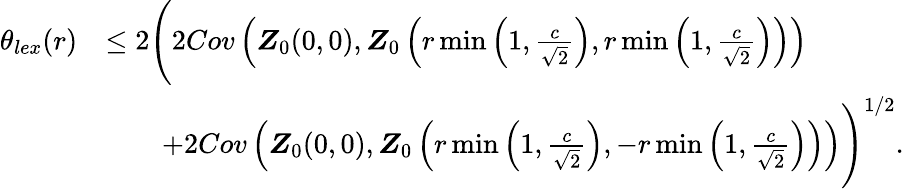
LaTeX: \begin{array}{rl}{\theta_{lex}(r)}&{\leq 2\Bigg(2Cov\left(\boldsymbol{Z}_{0}(0,0),\boldsymbol{Z}_{0}\left(r\operatorname*{min}\left(1,\frac{c}{\sqrt{2}}\right),r\operatorname*{min}\left(1,\frac{c}{\sqrt{2}}\right)\right)\right)}\\ &{\qquad+2Cov\left(\boldsymbol{Z}_{0}(0,0),\boldsymbol{Z}_{0}\left(r\operatorname*{min}\left(1,\frac{c}{\sqrt{2}}\right),-r\operatorname*{min}\left(1,\frac{c}{\sqrt{2}}\right)\right)\right)\Bigg)^{1/2}.}\end{array}